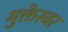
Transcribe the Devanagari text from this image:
मुक्तेस्वर